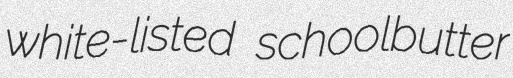
white-listed schoolbutter